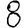
Digit: 8